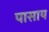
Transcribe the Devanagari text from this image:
पासाय